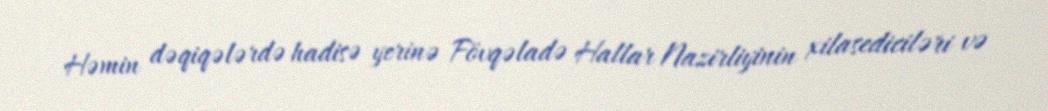
Həmin dəqiqələrdə hadisə yerinə Fövqəladə Hallar Nazirliyinin xilasediciləri və